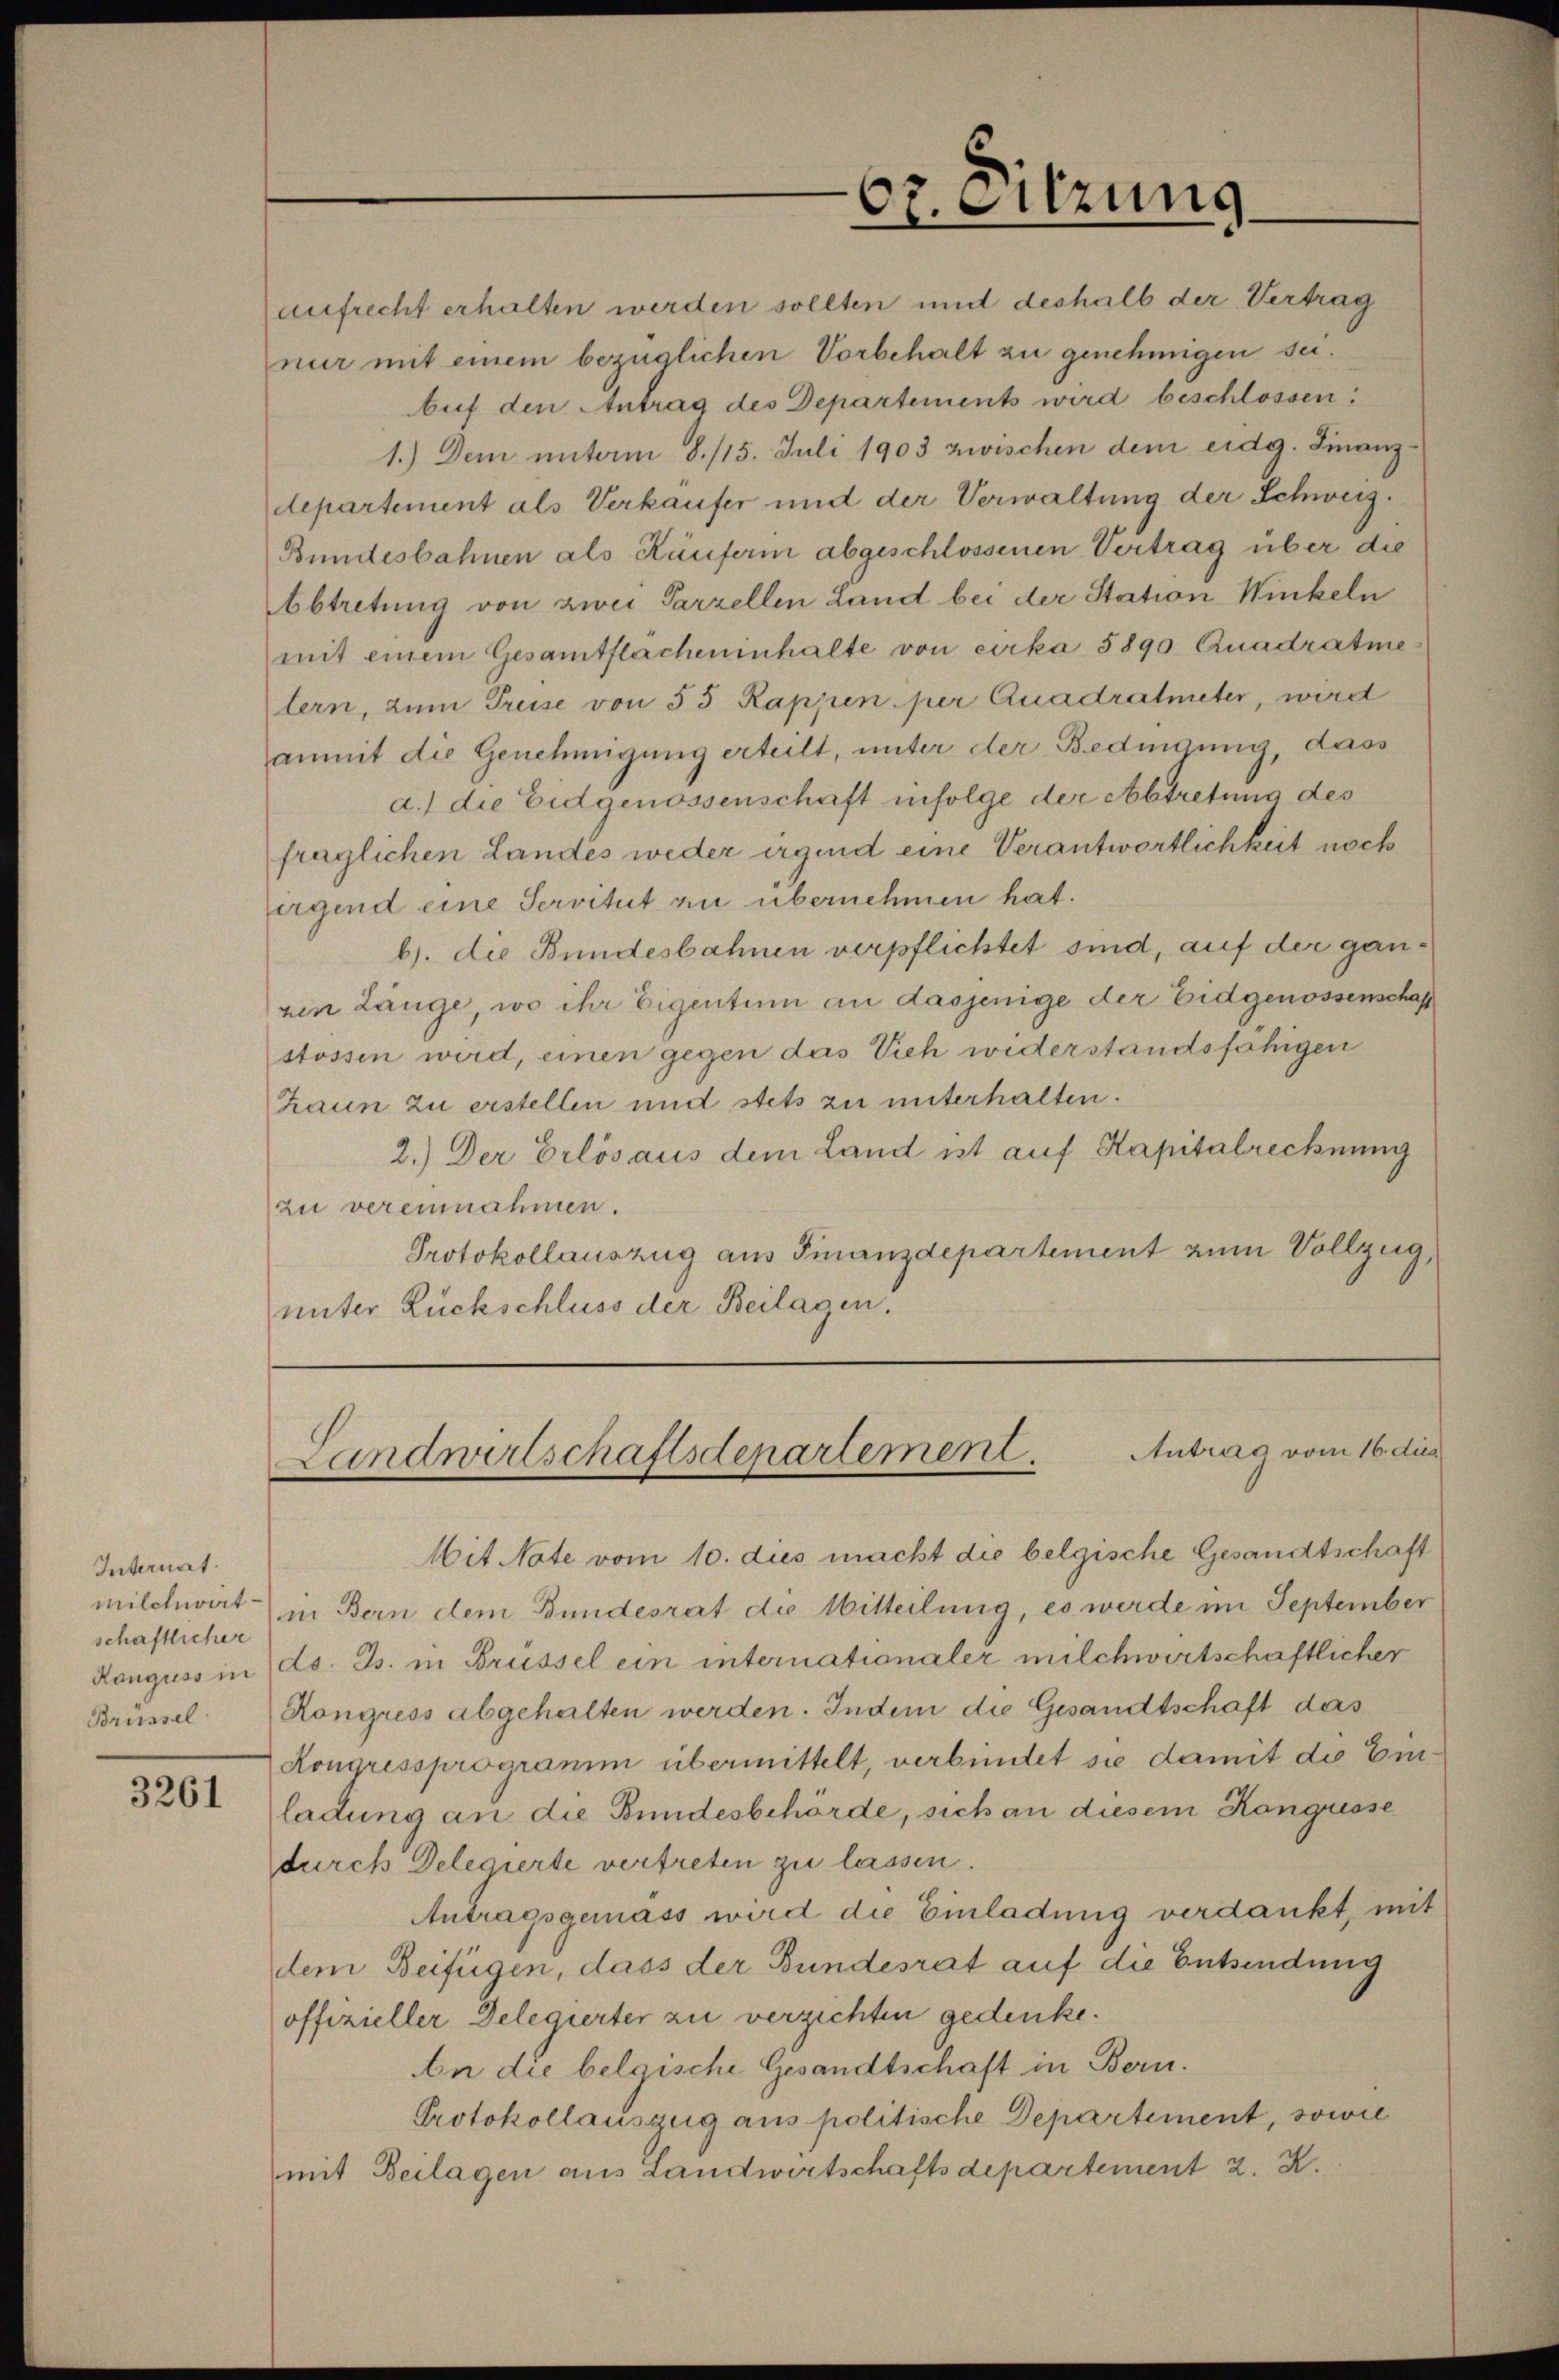
Internat.
schaftlicher

3261

aufrecht erhalten werden sollten und deshalb der Vertrag
nur mit einem bezüglichen Vorbehalt zu genehmigen sei.

Auf den Antrag des Departements wird beschlossen:
1.) Dem unterm 8. 115. Juli 1903 zwischen dem eidg. Finanzdepartement als Verkaufer und der Verwaltung der Schweiz.
Bundesbahnen als Häuferin abgeschlossenen Vertrag über die
bbtretung von zwei Parzellen Land bei der Station Winkeln
mit einem Gesamtflacheninhalte von cirka 5890 Quadratme
lern, zum Preise von 55 Rappen per Quadratmeter, wird
anmit die Genehmigung erteilt, unter der Bedingung, dass
d.) die Eidgenossenschaft infolge der Abtretung des
fraglichen Landes weder irgend eine Verantwortlichkeit noch
irgend eine Servitut zu übernehmen hat.
b). Die Bundesbahnen verpflichtet sind, auf der ganven Länge, wo ihr Eigentum an dasjenige der Eidgenossenschaf
stössen wird, einen gegen das Vieh widerstandsfähigen
haun zu erstellen und stets zu unterhalten.
2.) Der Erlös aus dem Land ist auf Kapitalrechnung
zu vereinnahmen.
Protokollauszug aus Finanzdepartement zum Vollzug,
unter Rückschluss der Beilagen.

67. Sitzung

Landwirtschaftsdepartement. Antrag vom 16. dies

Mit Note vom 10. dies macht die belgische Gesandtschaft
milchwirt in Bern dem Bundesrat die Witteilung, es werde im September
Ronguss in ds. Js. in Brüssel ein internationaler milchwirtschaftlicher
Brüssel. Kongress abgehalten werden. Indem die Gesandtschaft das
Kongressprogramm übermittelt, verbindet sie damit die Einladung an die Bundesbehörde, sich an diesem Kongüsse
durch Delegierte vertreten zu lassen.
Antragsgemäss wird die Einladung verdankt, mit
dem Beifügen, dass der Bundesrat auf die Entsendung
offizieller Delegierter zu verzichten gedenke.
An die belgische Gesandtschaft in Bern.
Protokollauszug aus politische Departement, sowie
mit Beilagen aus Landwirtschaftsdepartement 2. X.